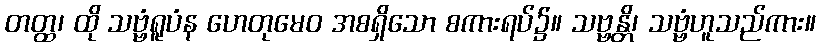
တတ္ထ၊ ထို သဗ္ဗံရူပံန ဟေတုမေဝ အစရှိသော စကားရပ်၌။ သဗ္ဗန္တိ၊ သဗ္ဗံဟူသည်ကား။